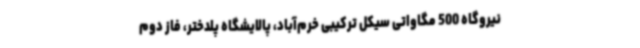
نیروگاه 500 مگاواتی سیکل ترکیبی خرم‌آباد، پالایشگاه پلدختر، فاز دوم